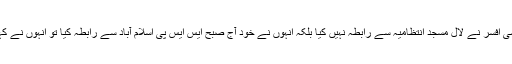
ایک سوال پر انہوں نے کہا کہ رینجرز یا پولیس کے کسی افسر نے لال مسجد انتظامیہ سے رابطہ نہیں کیا بلکہ انہوں نے خود آج صبح ایس ایس پی اسلام آباد سے رابطہ کیا تو انہوں نے کہا کہ اوپر سے جو حکم ملتا ہے اس پر عمل کرتے ہیں ۔